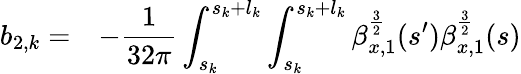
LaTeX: \begin{array}{cl}{\displaystyle b_{2,k}=}&{\displaystyle-\frac{1}{32\pi}\int_{s_{k}}^{s_{k}+l_{k}}{\int_{s_{k}}^{s_{k}+l_{k}}{\beta_{x,1}^{\frac{3}{2}}(s^{\prime})\beta_{x,1}^{\frac{3}{2}}(s)}}}\end{array}